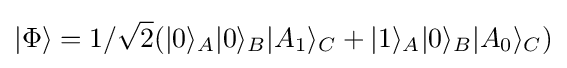
|\Phi \rangle =1/{\sqrt {2}}(|0\rangle _{A}|0\rangle _{B}|A_{1}\rangle _{C}+|1\rangle _{A}|0\rangle _{B}|A_{0}\rangle _{C})